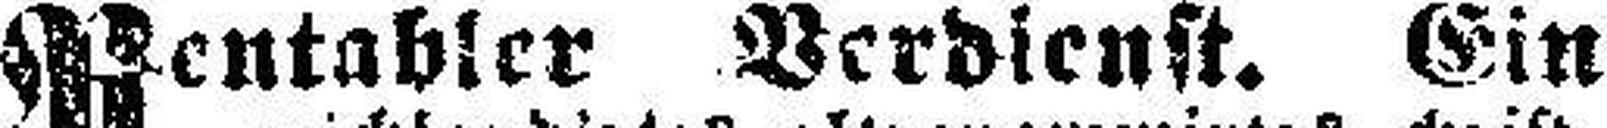
Rentabler Verdienst. Ein